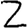
Digit: 2